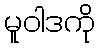
မူဝါဒကို